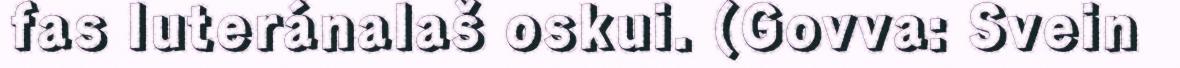
fas luteránalaš oskui. (Govva: Svein